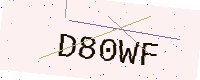
Text: D80WF